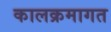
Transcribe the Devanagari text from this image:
कालक्रमागत